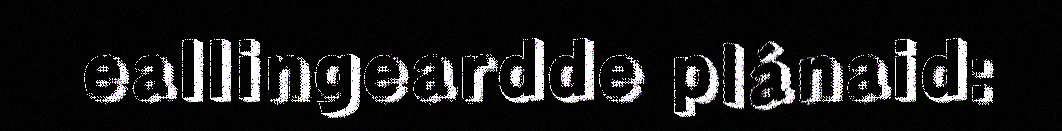
eallingeardde plánaid: